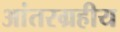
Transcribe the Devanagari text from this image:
आंतरग्रहीय